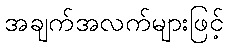
အချက်အလက်များဖြင့်